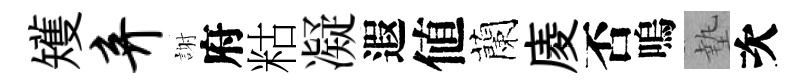
矱弃謝府䊀凝遐値蘭庱否嗚墊次